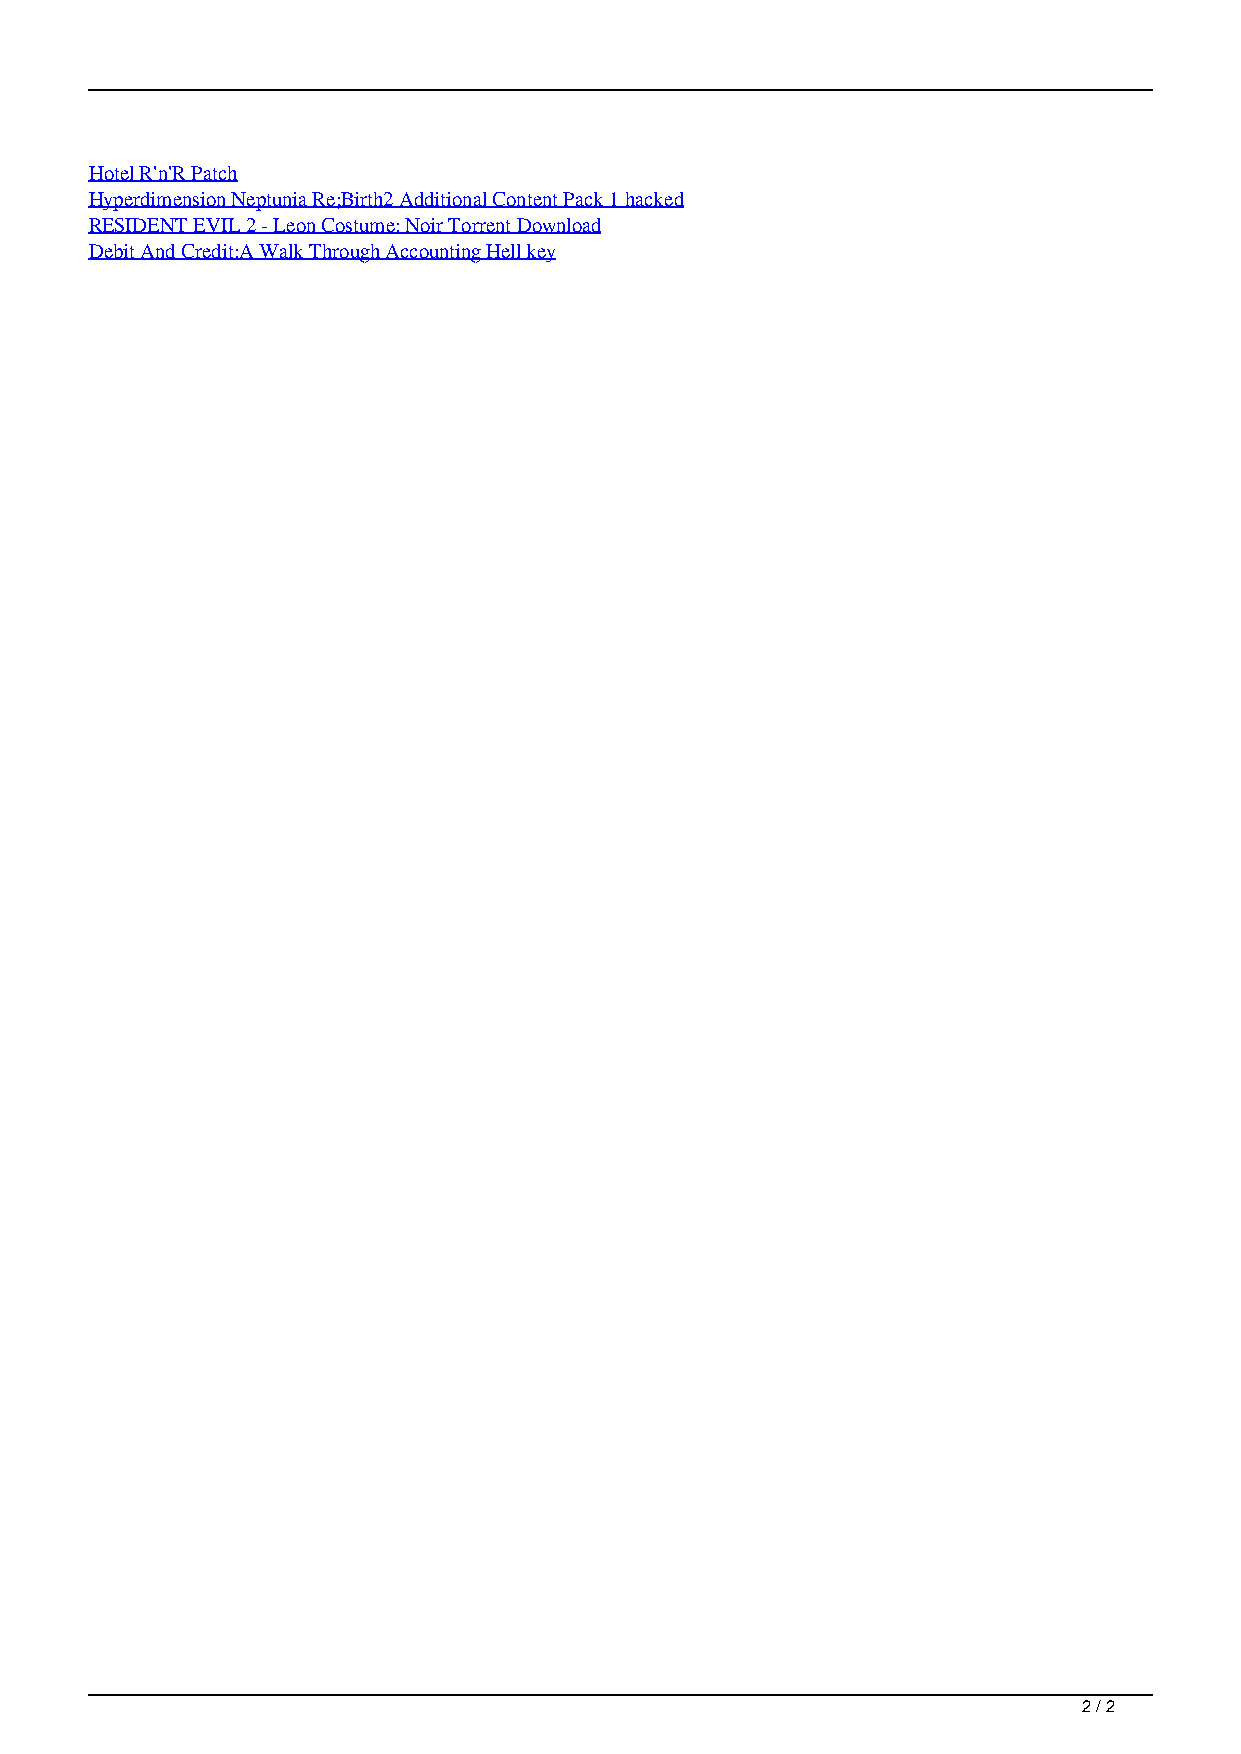
Hotel R'n'R Patch
 Hyperdimension Neptunia Re;Birth2 Additional Content Pack 1 hacked
 RESIDENT EVIL 2 - Leon Costume: Noir Torrent Download
 Debit And Credit:A Walk Through Accounting Hell key
 2 / 2
 FSX Steam Edition Seychelles AddOn Serial Number